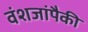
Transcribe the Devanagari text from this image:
वंशजांपैकी